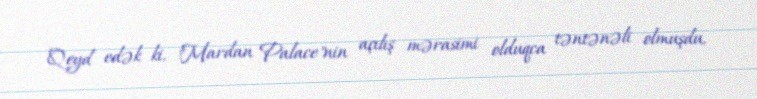
Qeyd edək ki, "Mardan Palace"nin açılış mərasimi olduqca təntənəli olmuşdu,